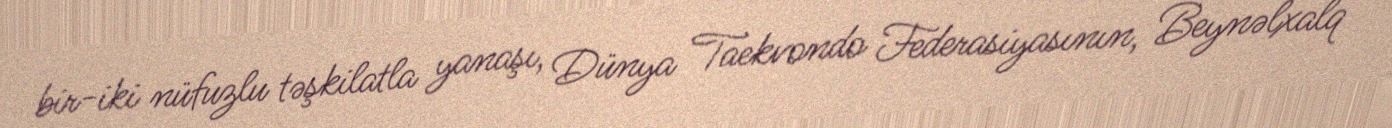
bir-iki nüfuzlu təşkilatla yanaşı, Dünya Taekvondo Federasiyasının, Beynəlxalq